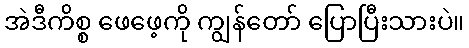
အဲဒီကိစ္စ ဖေဖေ့ကို ကျွန်တော် ပြောပြီးသားပဲ။